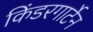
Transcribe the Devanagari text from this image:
किंडरगार्टेन